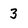
Character: 3